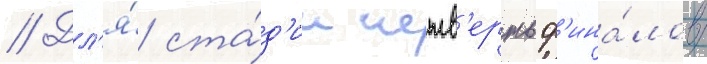
// Дл'я́ ста́д'ии четв'ертьф'ина́лов